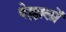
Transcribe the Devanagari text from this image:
वेल्लालों